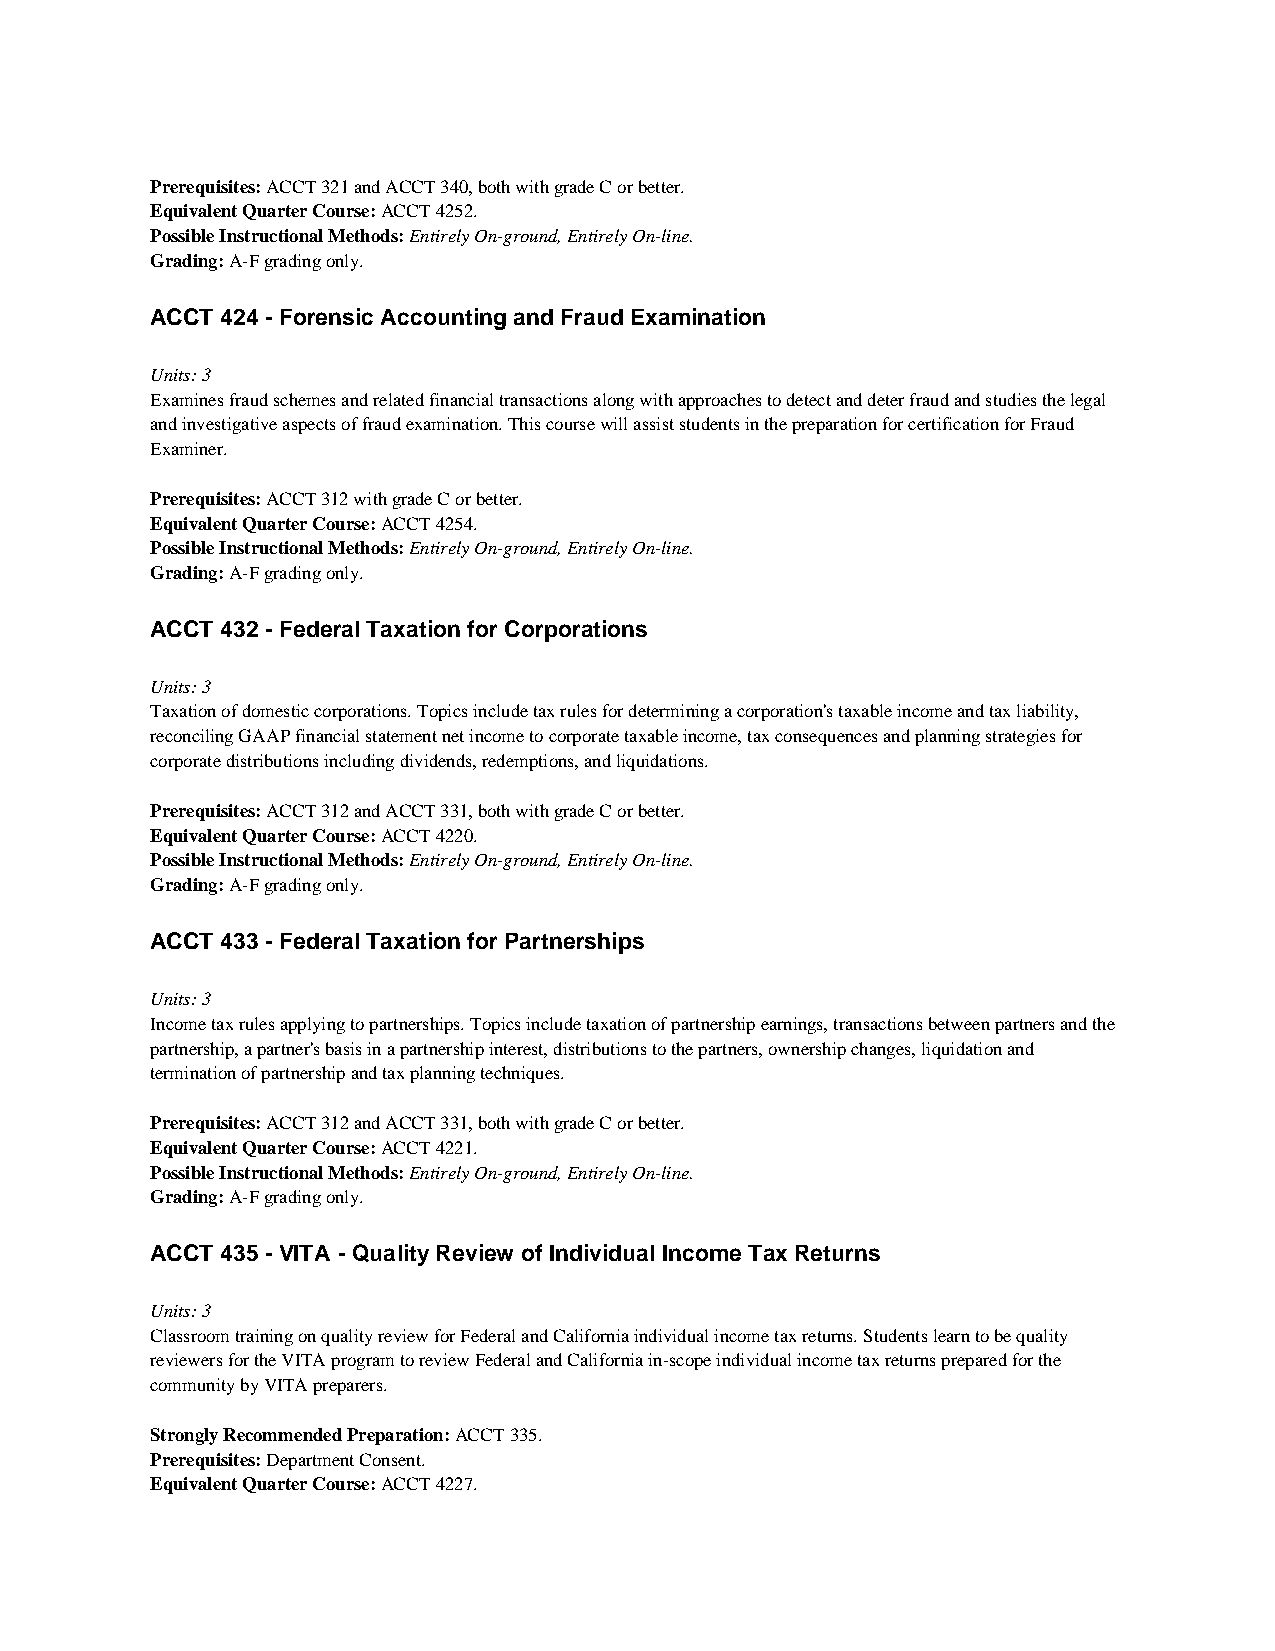
Prerequisites: ACCT 321 and ACCT 340, both with grade C or better.
 Equivalent Quarter Course: ACCT 4252.
 Possible Instructional Methods: Entirely On-ground, Entirely On-line.
 Grading: A-F grading only.
 ACCT 424 - Forensic Accounting and Fraud Examination
 Units: 3
 Examines fraud schemes and related financial transactions along with approaches to detect and deter fraud and studies the legal
 and investigative aspects of fraud examination. This course will assist students in the preparation for certification for Fraud
 Examiner.
 Prerequisites: ACCT 312 with grade C or better.
 Equivalent Quarter Course: ACCT 4254.
 Possible Instructional Methods: Entirely On-ground, Entirely On-line.
 Grading: A-F grading only.
 ACCT 432 - Federal Taxation for Corporations
 Units: 3
 Taxation of domestic corporations. Topics include tax rules for determining a corporation's taxable income and tax liability,
 reconciling GAAP financial statement net income to corporate taxable income, tax consequences and planning strategies for
 corporate distributions including dividends, redemptions, and liquidations.
 Prerequisites: ACCT 312 and ACCT 331, both with grade C or better.
 Equivalent Quarter Course: ACCT 4220.
 Possible Instructional Methods: Entirely On-ground, Entirely On-line.
 Grading: A-F grading only.
 ACCT 433 - Federal Taxation for Partnerships
 Units: 3
 Income tax rules applying to partnerships. Topics include taxation of partnership earnings, transactions between partners and the
 partnership, a partner's basis in a partnership interest, distributions to the partners, ownership changes, liquidation and
 termination of partnership and tax planning techniques.
 Prerequisites: ACCT 312 and ACCT 331, both with grade C or better.
 Equivalent Quarter Course: ACCT 4221.
 Possible Instructional Methods: Entirely On-ground, Entirely On-line.
 Grading: A-F grading only.
 ACCT 435 - VITA - Quality Review of Individual Income Tax Returns
 Units: 3
 Classroom training on quality review for Federal and California individual income tax returns. Students learn to be quality
 reviewers for the VITA program to review Federal and California in-scope individual income tax returns prepared for the
 community by VITA preparers.
 Strongly Recommended Preparation: ACCT 335.
 Prerequisites: Department Consent.
 Equivalent Quarter Course: ACCT 4227.